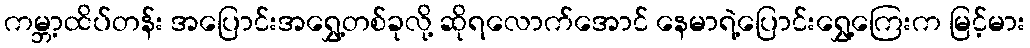
ကမ္ဘာ့ထိပ်တန်း အပြောင်းအရွှေ့တစ်ခုလို့ ဆိုရလောက်အောင် နေမာရဲ့ပြောင်းရွှေ့ကြေးက မြင့်မား